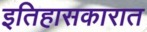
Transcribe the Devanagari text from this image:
इतिहासकारात